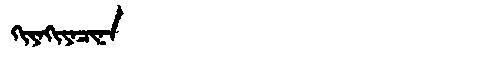
Manchu: ᡴᡳᠶᠠᡴᡳᠶᠠᠴᡳᠨᠠ
Romanization: KIYAKIYACINA